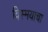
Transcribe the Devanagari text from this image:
विस्मयाचा